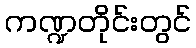
ကဏ္ဍတိုင်းတွင်